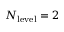
N _ { \mathrm { l e v e l } } = 2